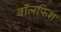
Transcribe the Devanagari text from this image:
वॉलफिश